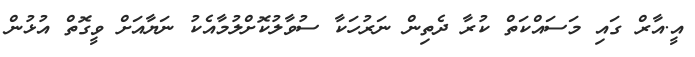
އީ.އާރް ގައި މަސައްކަތް ކުރާ ދެތިން ނަރުހަކާ ސުވާލުކޮށްލުމާއެކު ނަޔާއަށް ވީގޮތް އުޅުން